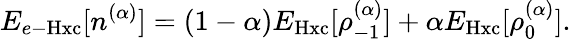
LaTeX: E_{e-\mathrm{Hxc}}[n^{(\alpha)}]=(1-\alpha)E_{\mathrm{Hxc}}[{\rho_{-1}^{(\alpha)}}]+\alpha E_{\mathrm{Hxc}}[{\rho_{0}^{(\alpha)}}].